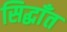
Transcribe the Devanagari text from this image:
सिद्धाँत